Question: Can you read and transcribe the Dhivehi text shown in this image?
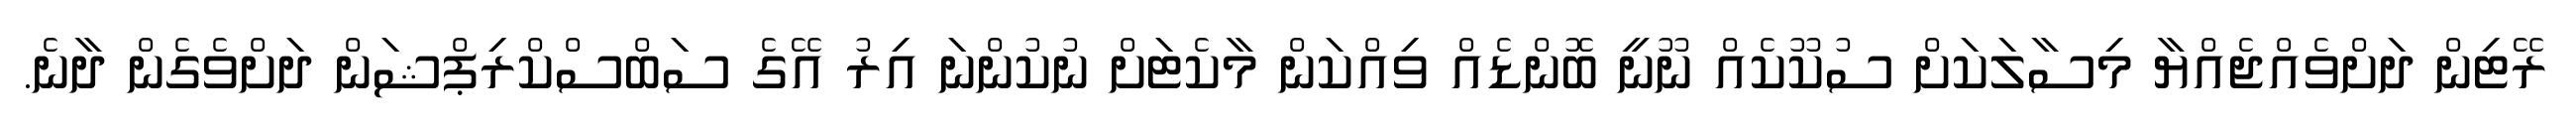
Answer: ރޭޓިން ދަށްވެއްޖެއްޔާ މިސާލަކަށް ސުކޫކެއް ނޫނީ ބޮންޑެއް ވިއްކަން މާކެޓަށް ނުކުންނަ އިރު އޭގެ ސަބްސްކްރިޕްޝަން ދަށްވެގެން ދާނެ.